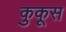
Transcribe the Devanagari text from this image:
कुकूस